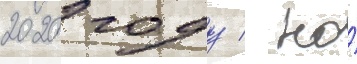
2020 году / но́